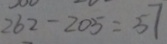
2 6 2 - 2 0 5 = 5 7